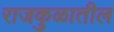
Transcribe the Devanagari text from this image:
राजकुळातील